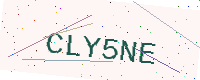
Text: CLY5NE